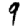
Digit: 9